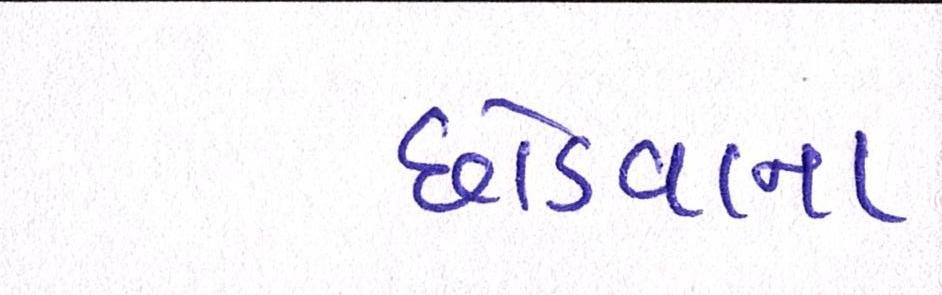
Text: છોડવાના